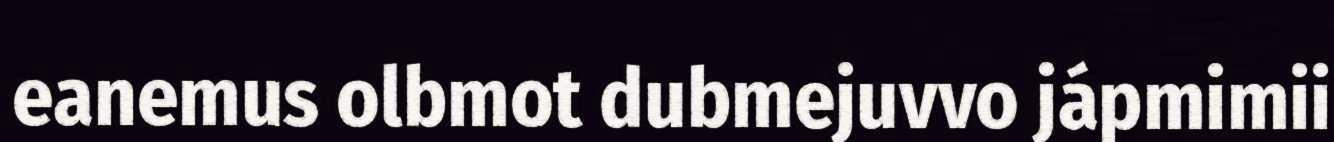
eanemus olbmot dubmejuvvo jápmimii